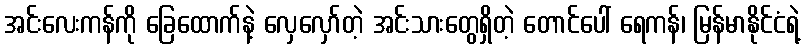
အင်းလေးကန်ကို ခြေထောက်နဲ့ လှေလှော်တဲ့ အင်းသားတွေရှိတဲ့ တောင်ပေါ် ရေကန်၊ မြန်မာနိုင်ငံရဲ့